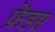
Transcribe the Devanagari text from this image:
फ्रेंडस